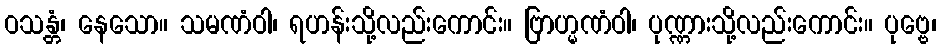
ဝသန္တံ၊ နေသော။ သမဏံဝါ၊ ရဟန်းသို့လည်းကောင်း။ ဗြာဟ္မဏံဝါ၊ ပုဏ္ဏားသို့လည်းကောင်း။ ပုဗ္ဗေ၊